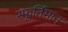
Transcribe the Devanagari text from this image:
स्फूर्तिमान